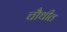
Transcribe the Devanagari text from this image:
चौथीत